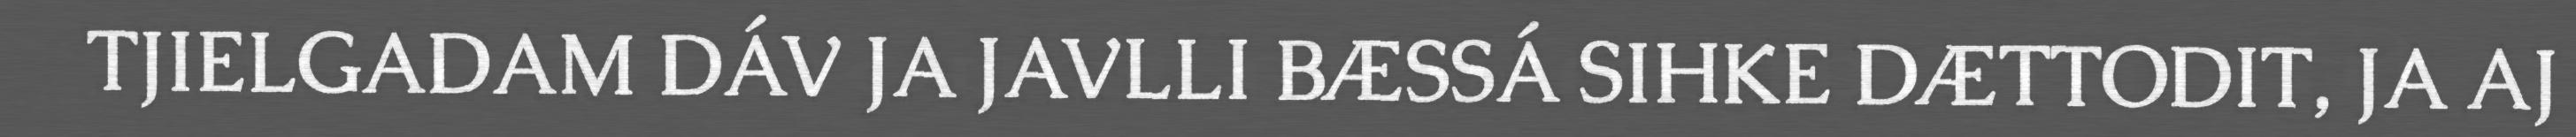
TJIELGADAM DÁV JA JAVLLI BÆSSÁ SIHKE DÆTTODIT, JA AJ